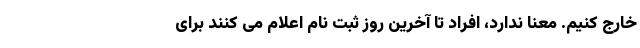
خارج کنیم. معنا ندارد، افراد تا آخرین روز ثبت نام اعلام می کنند برای